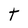
Character: t